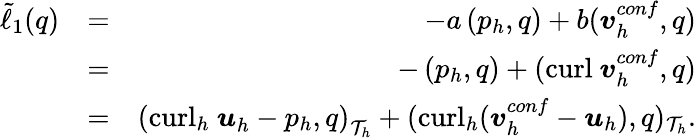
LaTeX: \begin{array}{rlr}{\tilde{\ell}_{1}(q)}&{=}&{-a\left({p}_{h},{q}\right)+b(\boldsymbol{v}_{h}^{conf},{q})}\\ &{=}&{-\left(p_{h},q\right)+(\mathrm{curl}~\boldsymbol{v}_{h}^{conf},q)}\\ &{=}&{\left({\mathrm{curl}_{h}~\boldsymbol{u}}_{h}-p_{h},q\right)_{\mathcal{T}_{h}}+(\mathrm{curl}_{h}(\boldsymbol{v}_{h}^{conf}-\boldsymbol{u}_{h}),q)_{\mathcal{T}_{h}}.}\end{array}